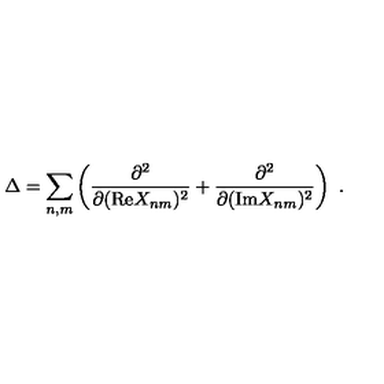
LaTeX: \Delta = \sum _ { n , m } \left( \frac { \partial ^ { 2 } } { \partial ( \mathrm { R e } X _ { n m } ) ^ { 2 } } + \frac { \partial ^ { 2 } } { \partial ( \mathrm { I m } X _ { n m } ) ^ { 2 } } \right) \ .